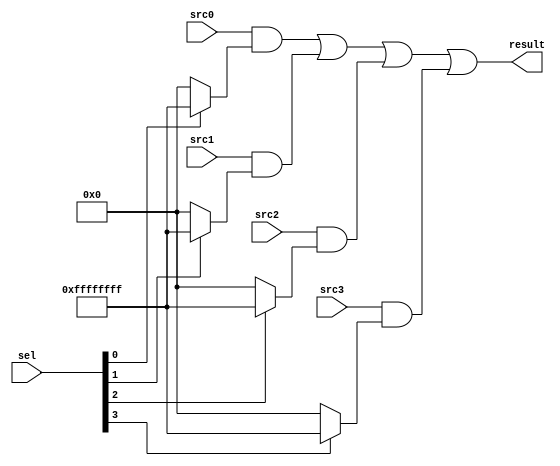
// scala version

module SEL_32x4 (
  input      [31:0]   src0,
  input      [31:0]   src1,
  input      [31:0]   src2,
  input      [31:0]   src3,
  input      [3:0]    sel,
  output     [31:0]   result
);

  assign result = ((((src0 & (sel[0] ? 32'hffffffff : 32'h0)) | (src1 & (sel[1] ? 32'hffffffff : 32'h0))) | (src2 & (sel[2] ? 32'hffffffff : 32'h0))) | (src3 & (sel[3] ? 32'hffffffff : 32'h0)));

endmodule